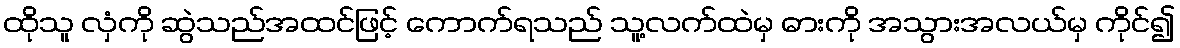
ထိုသူ လှံကို ဆွဲသည်အထင်ဖြင့် ကောက်ရသည် သူ့လက်ထဲမှ ဓားကို အသွားအလယ်မှ ကိုင်၍